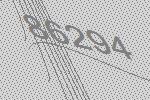
86294